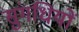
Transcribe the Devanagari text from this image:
सुंगधियों